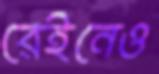
রেইনেও